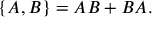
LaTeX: \{ A , B \} = A B + B A .